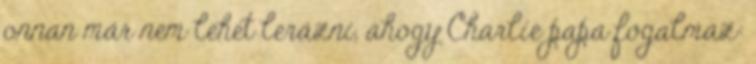
onnan már nem lehet lerázni, ahogy Charlie papa fogalmaz: